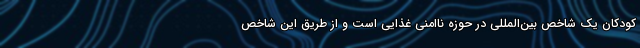
کودکان یک شاخص بین‌المللی در حوزه ناامنی غذایی است و از طریق این شاخص